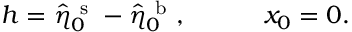
h = \hat { \eta } _ { \boldsymbol 0 } ^ { \mathrm { ~ s ~ } } - \hat { \eta } _ { \boldsymbol 0 } ^ { \mathrm { ~ b ~ } } , \qquad \quad x _ { 0 } = 0 .